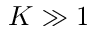
K \gg 1